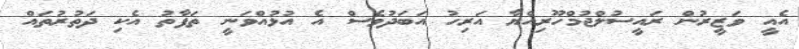
އެއީ ވަޒީރުން ރައީސުލްޖުމްހޫރިއްޔާ އަރިހު އަބަދުވެސް އެ އުޅުއްވަނީ ތަފާތު އެކި ދަތުރުތައް